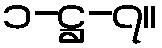
၁-ဋ္ဌ-၇။